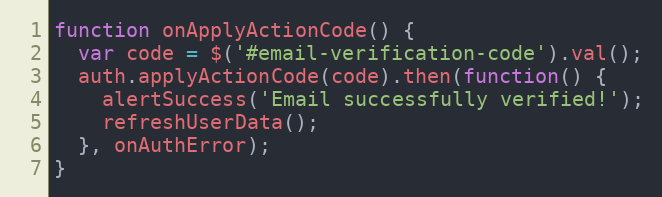
Language: JavaScript
function onApplyActionCode() {
  var code = $('#email-verification-code').val();
  auth.applyActionCode(code).then(function() {
    alertSuccess('Email successfully verified!');
    refreshUserData();
  }, onAuthError);
}